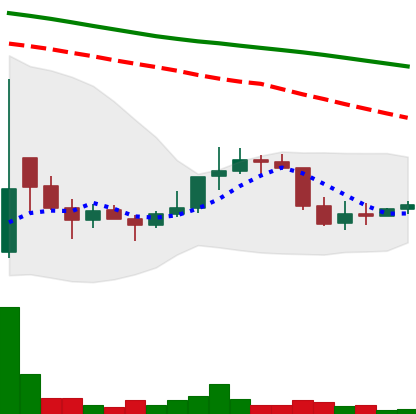
Ticker: DOGE-USD
Chart end date: 2022-01-02
Forward return: -11.112%
Label: down_7plus